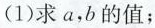
(1)求a，b的值；